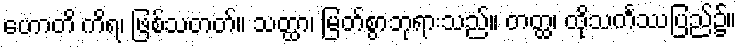
ဟောတိ ကိရ၊ ဖြစ်သတတ်။ သတ္ထာ၊ မြတ်စွာဘုရားသည်။ တတ္ထ၊ ထိုသင်္ကဿပြည်၌။